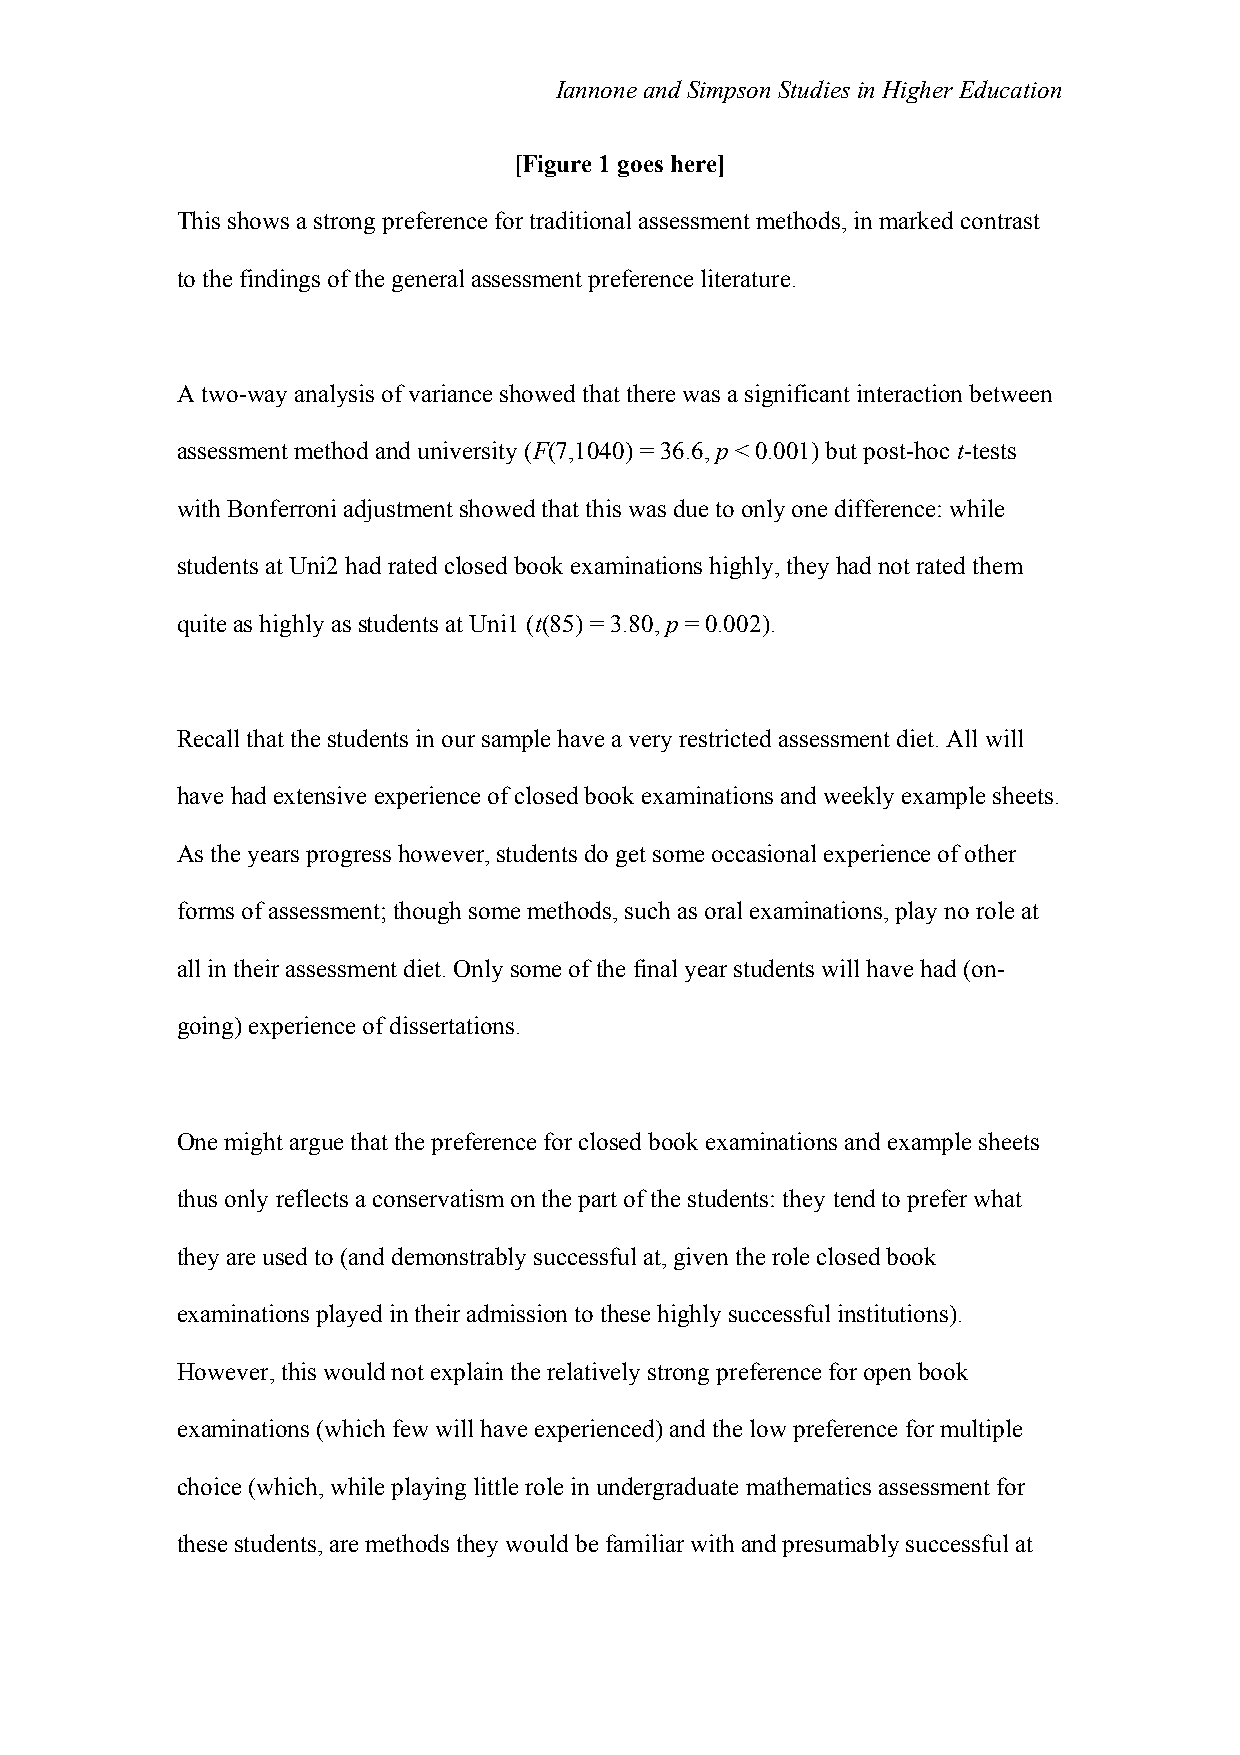
Iannone and Simpson Studies in Higher Education
 [Figure 1 goes here]
 This shows a strong preference for traditional assessment methods, in marked contrast
 to the findings of the general assessment preference literature.
 A two-way analysis of variance showed that there was a significant interaction between
 assessment method and university (F(7,1040) = 36.6, p < 0.001) but post-hoc t-tests
 with Bonferroni adjustment showed that this was due to only one difference: while
 students at Uni2 had rated closed book examinations highly, they had not rated them
 quite as highly as students at Uni1 (t(85) = 3.80, p = 0.002).
 Recall that the students in our sample have a very restricted assessment diet. All will
 have had extensive experience of closed book examinations and weekly example sheets.
 As the years progress however, students do get some occasional experience of other
 forms of assessment; though some methods, such as oral examinations, play no role at
 all in their assessment diet. Only some of the final year students will have had (on-
 going) experience of dissertations.
 One might argue that the preference for closed book examinations and example sheets
 thus only reflects a conservatism on the part of the students: they tend to prefer what
 they are used to (and demonstrably successful at, given the role closed book
 examinations played in their admission to these highly successful institutions).
 However, this would not explain the relatively strong preference for open book
 examinations (which few will have experienced) and the low preference for multiple
 choice (which, while playing little role in undergraduate mathematics assessment for
 these students, are methods they would be familiar with and presumably successful at